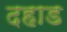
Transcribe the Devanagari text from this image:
दहाड